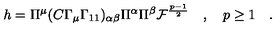
h = \Pi ^ { \mu } ( C \Gamma _ { \mu } \Gamma _ { 1 1 } ) _ { \alpha \beta } \Pi ^ { \alpha } \Pi ^ { \beta } { \cal F } ^ { \frac { p - 1 } { 2 } } \quad , \quad p \geq 1 \quad .